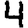
Digit: 4